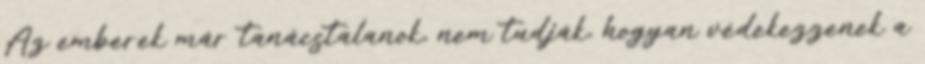
Az emberek már tanácstalanok, nem tudják, hogyan védekezzenek a